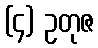
(၄) ဥတုဇ